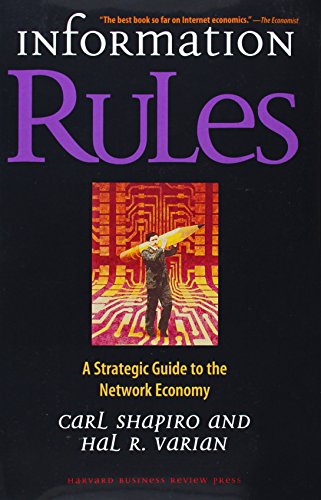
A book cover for Information Rules: A Strategic Guide to the Network Economy; Carl Shapiro; Computers & Technology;